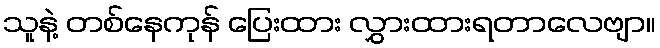
သူနဲ့ တစ်နေကုန် ပြေးထား လွှားထားရတာလေဗျာ။